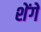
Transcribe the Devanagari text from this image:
शेंगे